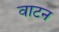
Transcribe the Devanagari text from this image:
वाटन